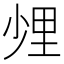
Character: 𨤢